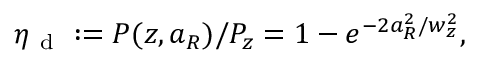
\eta _ { \mathrm { ~ d ~ } } : = P ( z , a _ { R } ) / P _ { z } = 1 - e ^ { - 2 a _ { R } ^ { 2 } / w _ { z } ^ { 2 } } ,